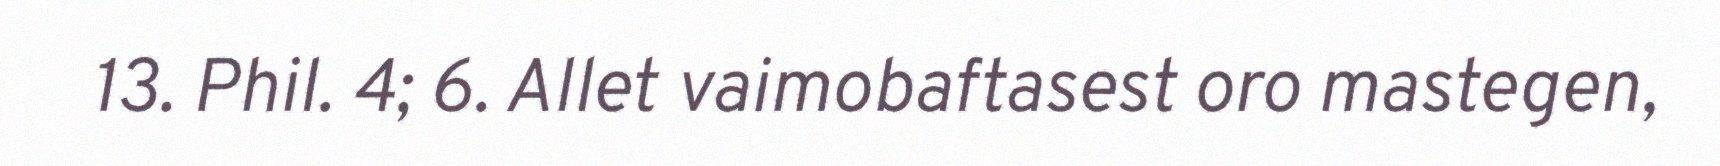
13. Phil. 4; 6. Allet vaimobaftasest oro mastegen,